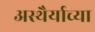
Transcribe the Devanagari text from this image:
अस्थैर्याच्या